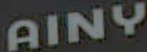
AINY